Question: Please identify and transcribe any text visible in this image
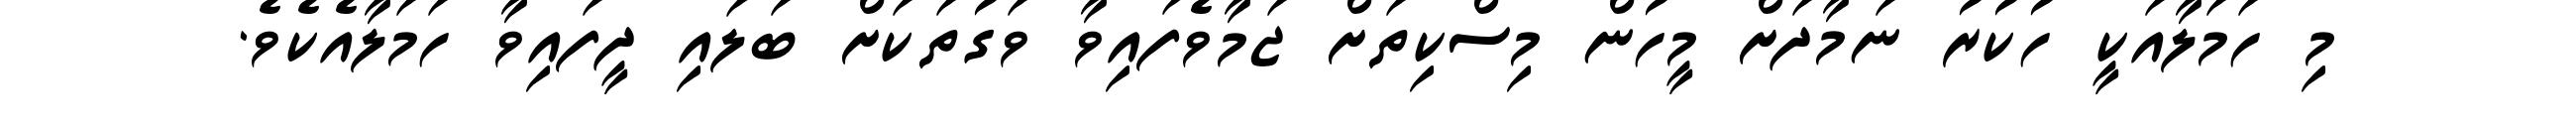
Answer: މި ހަމަލާއަކީ ހުކުރު ނަމާދަށް މީހުން މިސްކިތަށް ޖަމާވެފައިވާ ވަގުތަކަށް ބަލައި ދީފައިވާ ހަމަލާއެކެވެ.